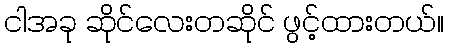
ငါအခု ဆိုင်လေးတဆိုင် ဖွင့်ထားတယ်။